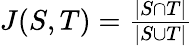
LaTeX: \begin{array}{r}{J(S,T)=\frac{|S\cap T|}{|S\cup T|}}\end{array}